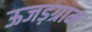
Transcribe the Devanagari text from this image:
ऊजड़ग्राम